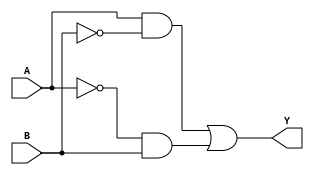
module xor_gate(
    input A,
    input B,
    output Y
);

wire not_A, not_B;

assign not_A = ~A;
assign not_B = ~B;

// Transmission gates for A and not A inputs
assign Y = (A & not_B) | (not_A & B);

endmodule